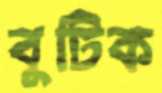
বুটিক